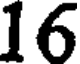
16